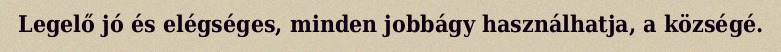
Legelő jó és elégséges, minden jobbágy használhatja, a községé.